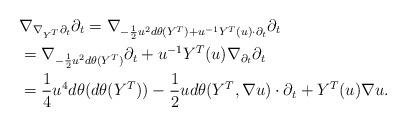
LaTeX: \begin{align*}&\nabla_{\nabla_{Y^T}\partial_t}\partial_t=\nabla_{-\frac{1}{2}u^2d\theta(Y^T)+u^{-1}Y^T(u)\cdot\partial_t}\partial_t\\&=\nabla_{-\frac{1}{2}u^2d\theta(Y^T)}\partial_t+u^{-1}Y^T(u)\nabla_{\partial_t}\partial_t\\&=\frac{1}{4}u^4d\theta(d\theta(Y^T))-\frac{1}{2}ud\theta(Y^T,\nabla u)\cdot\partial_t+Y^T(u)\nabla u.\end{align*}